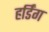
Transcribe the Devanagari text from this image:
हर्डिंग